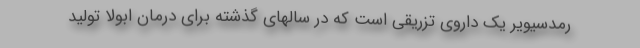
رمدسیویر یک داروی تزریقی است که در سالهای گذشته برای درمان ابولا تولید